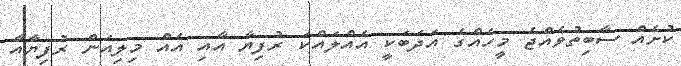
ކުށެއް ސާބިތުވެއްޖެ މީހެއްގެ އަދަބަކީ އެއްލައްކަ ރުފިޔާ އާއި އެއް މިލިއަން ރުފިޔާއާ